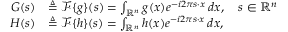
{ \begin{array} { r l } { G ( s ) } & { \triangleq { \mathcal { F } } \{ g \} ( s ) = \int _ { \mathbb { R } ^ { n } } g ( x ) e ^ { - i 2 \pi s \cdot x } \, d x , \quad s \in \mathbb { R } ^ { n } } \\ { H ( s ) } & { \triangleq { \mathcal { F } } \{ h \} ( s ) = \int _ { \mathbb { R } ^ { n } } h ( x ) e ^ { - i 2 \pi s \cdot x } \, d x , } \end{array} }